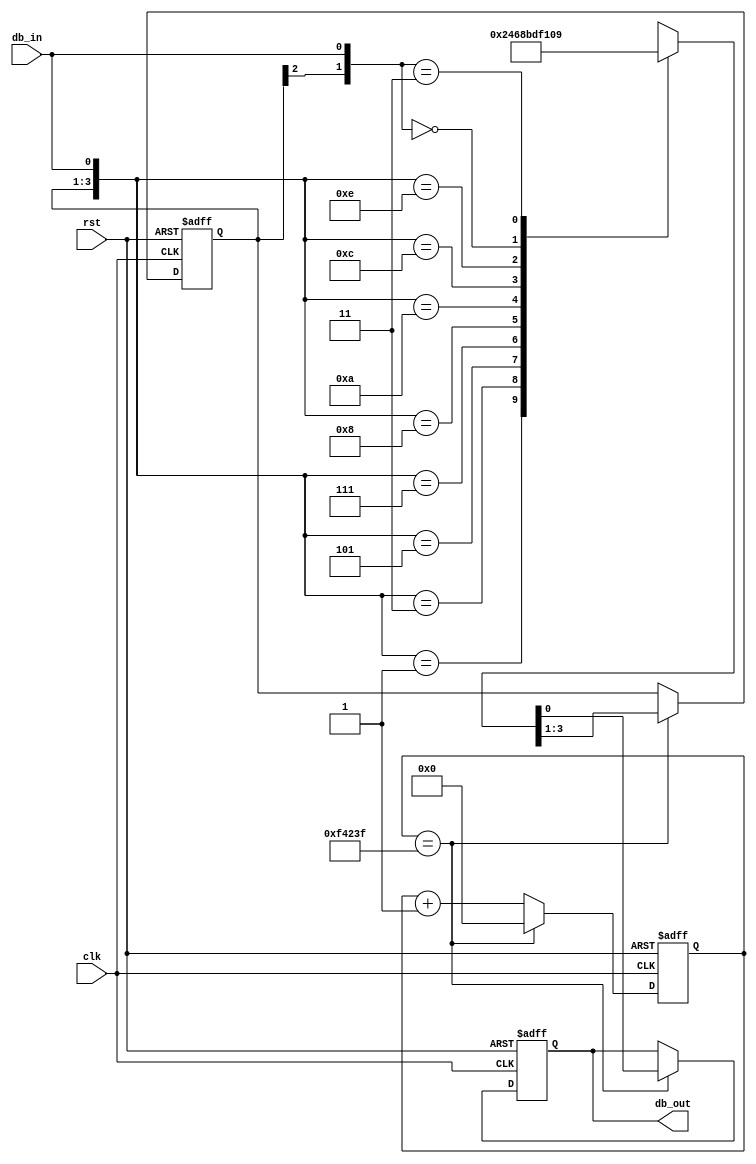
`timescale 1ns / 1ps
//*****************************************************************************//
//    This document contains information proprietary to the                    //
//    CSULB student that created the file - any reuse without                  //
//    adequate approval and documentation is prohibited                        //
//                                                                             //
//    Class:         CECS360 Integrated Circuits Design                        //
//    Project name:  Counter on 7-segment display                              //
//                                                                             //
//    Created by Chanartip Soonthornwan on September 17, 2017.                 //
//    Copyright @ 2017 Chanartip Soonthornwan. All rights reserved.            //
//                                                                             //
//    Abstract:      A finite state machine to wait for the input              //
//                   signal from mechanical switch or button to be             //
//                   stable around 30ms before output a confirm                //
//                   stable signal.                                            //
//                                                                             //
//    In submitting this file for class work at CSULB                          //
//    I am confirming that this is my work and the work                        //
//    of no one else.                                                          //
//                                                                             //
//    In the event other code sources are utilized I will                      //
//    document which portion of code and who is the author                     //
//                                                                             //
//    In submitting this code I acknowledge that plagiarism                    //
//    in student project work is subject to dismissal from the class           //
//                                                                             //
//*****************************************************************************//
module Debounce(clk, rst, db_in, db_out);

   input  wire clk, rst;        // on-board clock, and AISO reset signal
   input  wire    db_in;        // input signal
   output wire   db_out;        // debounced output
   
   // State registers declaration
   reg           ps_out;        // Present state output
   reg           ns_out;        // Next state output
   reg  [2:0]  ps_state;        // Present state
   reg  [2:0]  ns_state;        // Next state
   
   // Pulse Maker register and wire
   wire            tick;        // pulse signal (slowed clock)
   reg    [19:0]  count;        // count up from 0 to 999,999 
   
   // State names declaration
   // Named after Pong Chu's example on FSM Debounce(page 131)
   // (FPGA PROTOTYPING BY VERILOG EXAMPLES v.3, 2008)
   parameter [2:0]
             zero    = 3'b000,
             wait1_1 = 3'b001,
             wait1_2 = 3'b010,
             wait1_3 = 3'b011,
             one     = 3'b100,
             wait0_1 = 3'b101,
             wait0_2 = 3'b110,
             wait0_3 = 3'b111;
   
   // Tick is HIGH if count reaches 1 million
   assign tick = (count == 20'd999999);

   always@(posedge clk, posedge rst)   
      if(rst)  count <= 20'b0;   else  // Reset
      if(tick) count <= 20'b0;         // Reset count after Tick
      else     count <= count+20'b1;   // count up

   /***********************************************
    *                Debounce FSM                 *
    ***********************************************/
   
   // State Register
   always@(posedge clk, posedge rst)       
      if(rst) {ps_state, ps_out} <= {zero, 1'b0}; 
      else    {ps_state, ps_out} <= {ns_state, ns_out};
   
   // Next state and Output logic
   always@(*)
      if(tick)
         casez({ps_state, db_in})
            // Low to High signal detecting states
            //    If input is HIGH for 3 ticks,
            //    present state will go to state 'one'
            {zero   , 1'b1}: {ns_state, ns_out} = {wait1_1, 1'b0};
            {wait1_1, 1'b1}: {ns_state, ns_out} = {wait1_2, 1'b0};
            {wait1_2, 1'b1}: {ns_state, ns_out} = {wait1_3, 1'b0};
            {wait1_3, 1'b1}: {ns_state, ns_out} = {    one, 1'b0};
            
            // High to Low signal detecting states
            //    If input is LOW for 3 ticks,
            //    present state will go back to 'zero'
            {one    , 1'b0}: {ns_state, ns_out} = {wait0_1, 1'b1};
            {wait0_1, 1'b0}: {ns_state, ns_out} = {wait0_2, 1'b1};
            {wait0_2, 1'b0}: {ns_state, ns_out} = {wait0_3, 1'b1};
            {wait0_3, 1'b0}: {ns_state, ns_out} = {   zero, 1'b1};
            
            // Default cases 
            // 4'b0??_0 back to zero when input is LOW
            // 4'b1??_1 back to  one when input is HIGH
            // default stay the same state when !tick
            4'b0??_0: {ns_state, ns_out} = {zero, 1'b0};     
            4'b1??_1: {ns_state, ns_out} = {one,  1'b1};    
            default : {ns_state, ns_out} = {ps_state, ps_out}; 
         endcase 
      else     {ns_state, ns_out} = {ps_state, ps_out};
        
   // change the debounced output name.
   assign db_out = ps_out;
   
endmodule